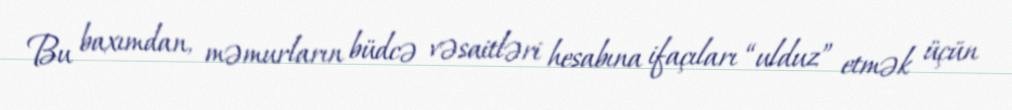
Bu baxımdan, məmurların büdcə vəsaitləri hesabına ifaçıları “ulduz” etmək üçün